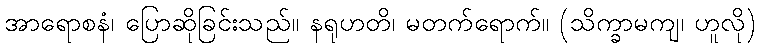
အာရောစနံ၊ ပြောဆိုခြင်းသည်။ နရုဟတိ၊ မတက်ရောက်။ (သိက္ခာမကျ၊ ဟူလို)